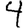
Digit: 4